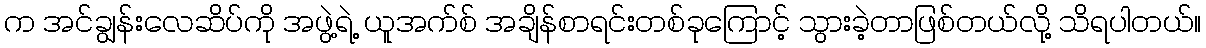
က အင်ချွန်းလေဆိပ်ကို အဖွဲ့ရဲ့ ယူအက်စ် အချိန်စာရင်းတစ်ခုကြောင့် သွားခဲ့တာဖြစ်တယ်လို့ သိရပါတယ်။